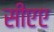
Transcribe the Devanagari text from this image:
सीएए